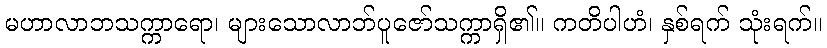
မဟာလာဘသက္ကာရော၊ များသောလာဘ်ပူဇော်သက္ကာရှိ၏။ ကတိပါဟံ၊ နှစ်ရက် သုံးရက်။